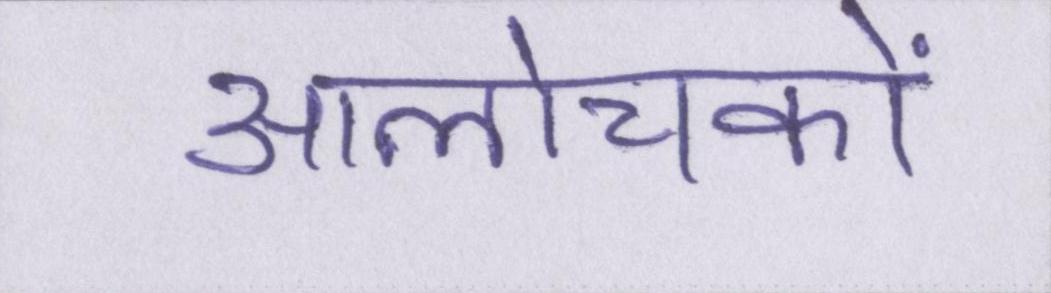
आलोचकों